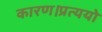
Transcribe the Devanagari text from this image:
कारण।प्रत्ययो